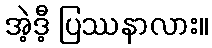
အဲ့ဒီ့ ပြဿနာလား။